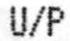
U/P